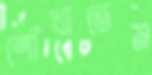
শোঁখাতেম